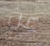
عن